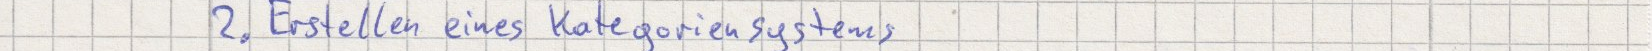
2. Erstellen eines Kategoriensystems